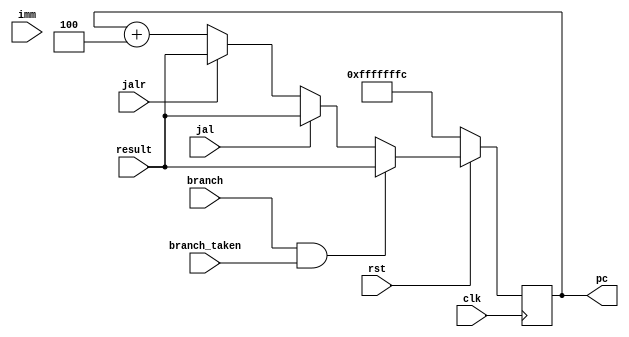
module program_counter (
    result,
    imm,
    jal,
    jalr,
    pc,
    branch,
    branch_taken,
    rst,
    clk 
);
    input wire                   rst;
    input wire                branch; 
    input wire          branch_taken;
    input wire                   jal;
    input wire                  jalr;
    input wire                   clk;
    output reg [31:0]             pc;
    input wire [31:0]            imm;
    input wire [31:0]         result;

always @(posedge clk ) begin
    if (!rst) begin
        pc <= -4;
    end 
    else if(branch && branch_taken)  begin 
        pc <= result;
    end
    else if(jal)begin
        pc <= result;
    end
    else if(jalr)begin
        pc <= result;
    end
    else
        pc <= pc + 32'd4;
end

endmodule